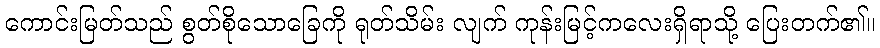
ကောင်းမြတ်သည် စွတ်စိုသောခြေကို ရုတ်သိမ်း လျက် ကုန်းမြင့်ကလေးရှိရာသို့ ပြေးတက်၏။